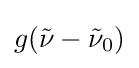
g({\tilde {\nu }}-{\tilde {\nu }}_{0})